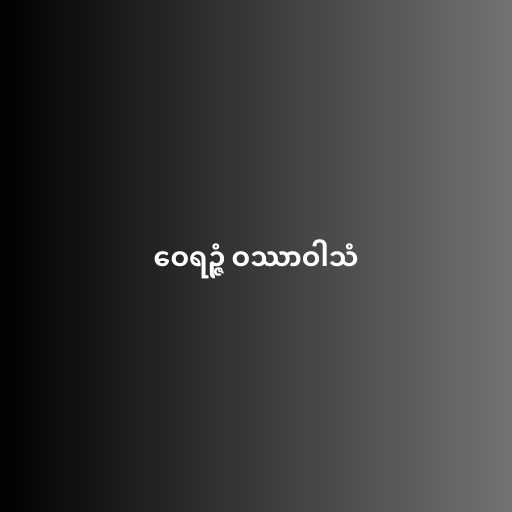
ဝေရဉ္ဇံ ဝဿာဝါသံ